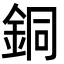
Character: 銅